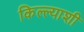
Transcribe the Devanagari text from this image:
किल्ल्याशी